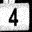
Digit: 4